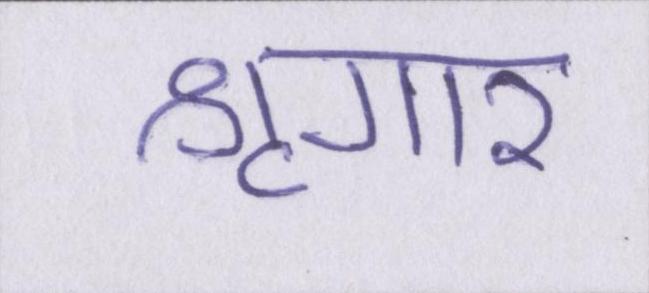
श्रृंगार